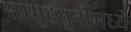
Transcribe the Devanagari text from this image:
सामुद्रधुनीमध्ये